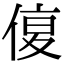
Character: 𠋩